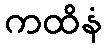
ကထိနံ